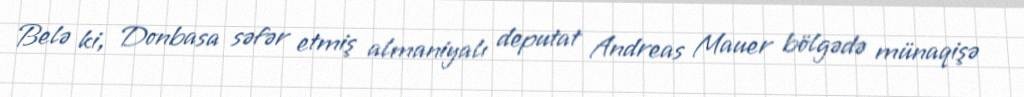
Belə ki, Donbasa səfər etmiş almaniyalı deputat Andreas Mauer bölgədə münaqişə